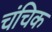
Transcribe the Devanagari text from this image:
चंचिक